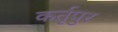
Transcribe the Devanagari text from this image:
कर्तृपुर